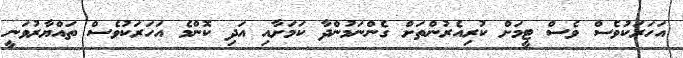
އަހަރަކުވެސް ވެސް ޓީމަށް ކުރިއެރުންތަށް ގެންނަމުންދާ ކަމަށާއި އަދި ކޮންމެ އަހަރަކުވެސް ތައްޔާރުވަނީ